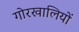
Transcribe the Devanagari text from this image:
गोरखालियों